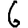
Digit: 6